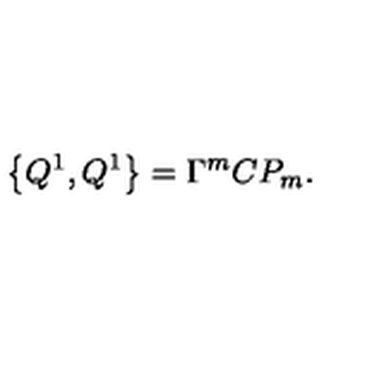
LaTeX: \left\{ Q ^ { 1 } , Q ^ { 1 } \right\} = \Gamma ^ { m } C P _ { m } .